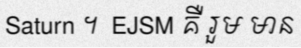
Saturn ។  EJSM គឺ រួម មាន